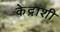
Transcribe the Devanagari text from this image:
केद्राशी